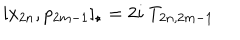
LaTeX: [ x _ { 2 n } , p _ { 2 m - 1 } ] _ { \star } = 2 i \ T _ { 2 n , 2 m - 1 }